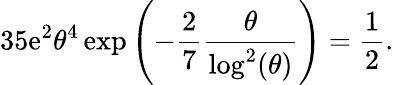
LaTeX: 35\mathrm{e}^{2}\theta^{4}\exp\left(-\frac{{2}}{{7}}\frac{{\theta}}{{\log^{2}(\theta)}}\right)=\frac{{1}}{{2}}.